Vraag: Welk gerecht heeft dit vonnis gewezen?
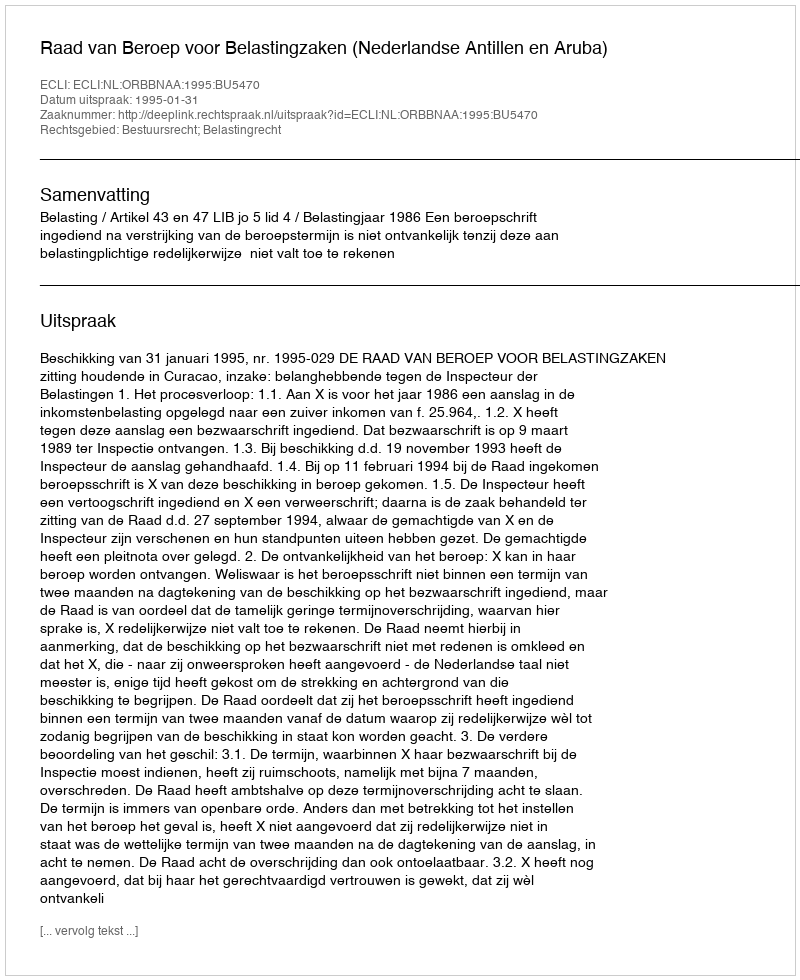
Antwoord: Raad van Beroep voor Belastingzaken (Nederlandse Antillen en Aruba)